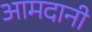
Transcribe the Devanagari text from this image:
आमदानी